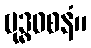
ဗုဒ္ဓဝစနံ။